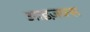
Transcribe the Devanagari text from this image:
आइज़क्स